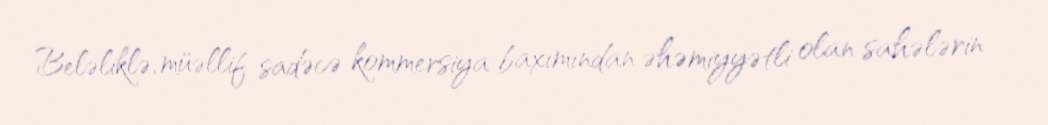
Beləliklə, müəllif sadəcə kommersiya baxımından əhəmiyyətli olan sahələrin